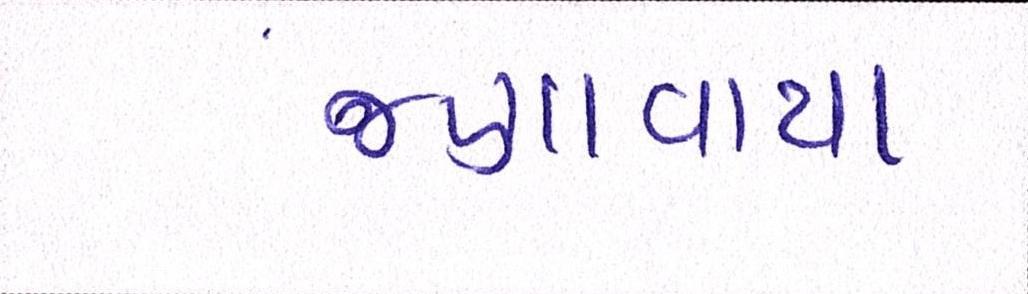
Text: જણાવાયા